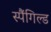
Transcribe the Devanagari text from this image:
स्पैंगिल्ड